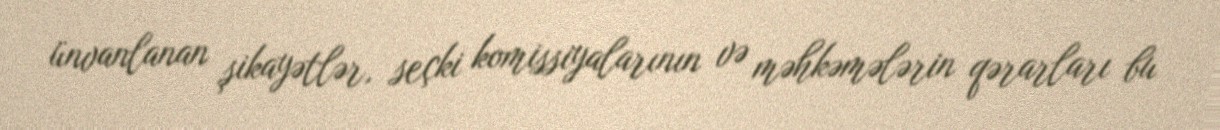
ünvanlanan şikayətlər, seçki komissiyalarının və məhkəmələrin qərarları bu